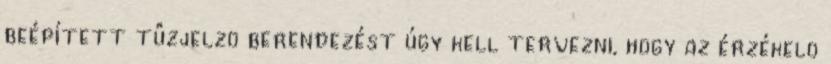
beépített tûzjelzõ berendezést úgy kell tervezni, hogy az érzékelõ